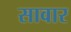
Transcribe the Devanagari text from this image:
सावार